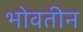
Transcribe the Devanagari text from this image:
भोवतीन